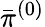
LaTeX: \bar{\pi}^{(0)}